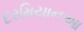
દરમિયાનઆ